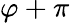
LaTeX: \varphi+\pi